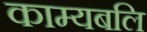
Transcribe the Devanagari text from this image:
काम्यबलि